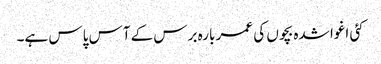
کئی اغوا شدہ بچوں کی عمر بارہ برس کے آس پاس ہے۔